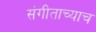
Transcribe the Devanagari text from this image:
संगीताच्याच